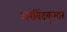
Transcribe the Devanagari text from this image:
अरविंदकुमार